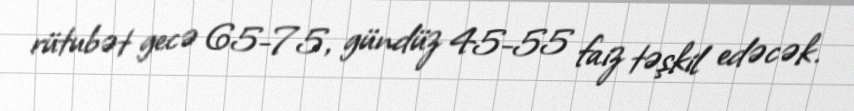
rütubət gecə 65-75, gündüz 45-55 faiz təşkil edəcək.